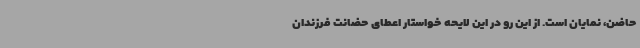
حاضن، نمایان است. از این رو در این لایحه خواستار اعطای حضانت فرزندان